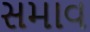
સમાવ